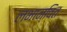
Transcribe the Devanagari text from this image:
लभान्वित